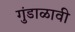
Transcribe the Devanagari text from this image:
गुंडाळावी